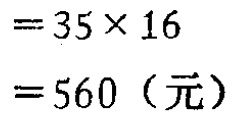
\[
\begin{align*}
&=35\times16\\
&=560（\text{元}）
\end{align*}
\]